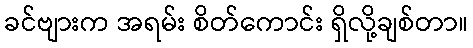
ခင်ဗျားက အရမ်း စိတ်ကောင်း ရှိလို့ချစ်တာ။